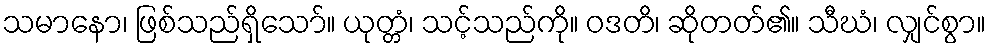
သမာနော၊ ဖြစ်သည်ရှိသော်။ ယုတ္တံ၊ သင့်သည်ကို။ ဝဒတိ၊ ဆိုတတ်၏။ သီဃံ၊ လျှင်စွာ။